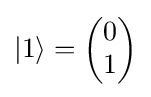
{\textstyle \vert 1\rangle ={\begin{pmatrix}0\\1\end{pmatrix}}}